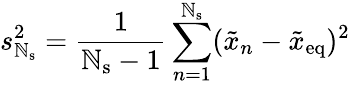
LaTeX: s_{\mathbb{N}_{\mathrm{{s}}}}^{2}=\frac{{1}}{{\mathbb{N}_{\mathrm{{s}}}-1}}\sum_{n=1}^{\mathbb{N}_{\mathrm{{s}}}}(\tilde{{x}}_{n}-\tilde{{x}}_{\mathrm{{eq}}})^{2}